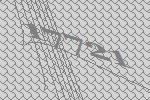
17721